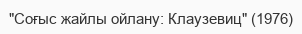
"Соғыс жайлы ойлану: Клаузевиц" (1976)